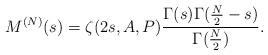
LaTeX: \begin{align*}M^{(N)}(s)=\zeta(2s,A,P)\frac{\Gamma(s)\Gamma(\frac{N}{2}-s)}{\Gamma(\frac{N}{2})}.\end{align*}